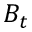
B _ { t }